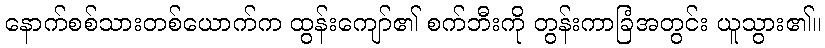
နောက်စစ်သားတစ်ယောက်က ထွန်းကျော်၏ စက်ဘီးကို တွန်းကာခြံအတွင်း ယူသွား၏။